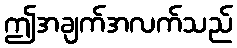
ဤအချက်အလက်သည်